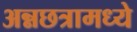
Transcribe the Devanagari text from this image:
अन्नछत्रामध्ये